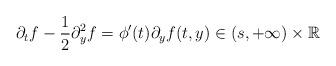
LaTeX: \begin{align*}\partial_t f-\frac{1}{2} \partial^{2}_y f=\phi'(t)\partial_yf (t,y) \in (s,+\infty) \times \mathbb{R}\end{align*}